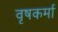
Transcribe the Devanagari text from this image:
वृषकर्मा